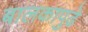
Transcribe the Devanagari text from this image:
बालकापुढे